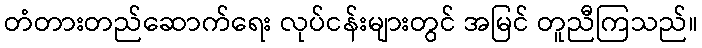
တံတားတည်ဆောက်ရေး လုပ်ငန်းများတွင် အမြင် တူညီကြသည်။